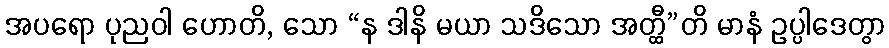
အပရော ပုညဝါ ဟောတိ, သော “န ဒါနိ မယာ သဒိသော အတ္ထီ”တိ မာနံ ဥပ္ပါဒေတွာ